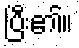
ပြီး၏။